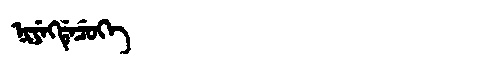
Manchu: ᠨᡳᠶᡝᡴᡩᡝᠴᡠᡴᡝ
Romanization: NIYEKDECUKE